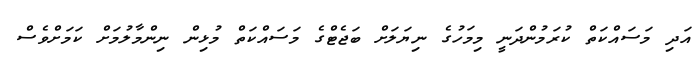
އަދި މަސައްކަތް ކުރަމުންދަނީ މިމަހުގެ ނިޔަލަށް ބަޖެޓްގެ މަސައްކަތް މުޅިން ނިންމާލުމަށް ކަމަށްވެސް